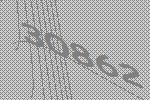
30862